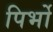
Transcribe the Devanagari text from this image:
पिर्भो